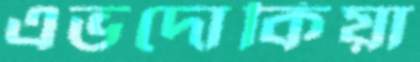
এভদোকিয়া